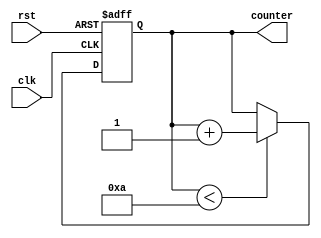
module incremental_for_loop (
    input wire clk,
    input wire rst,
    
    output reg [7:0] counter
);

parameter START_VALUE = 0;
parameter END_VALUE = 10;
parameter STEP_VALUE = 1;

always @(posedge clk or posedge rst) begin
    if (rst) begin
        counter <= START_VALUE;
    end else begin
        if (counter < END_VALUE) begin
            counter <= counter + STEP_VALUE;
        end
    end
end

endmodule